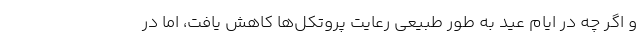
و اگر چه در ایام عید به طور طبیعی رعایت پروتکل‌ها کاهش یافت، اما در